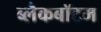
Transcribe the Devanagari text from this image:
ब्लैकबॉटम